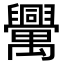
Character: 𦦻